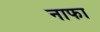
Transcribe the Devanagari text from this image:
नाफा